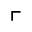
\ulcorner